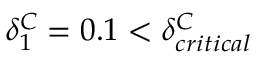
\delta _ { 1 } ^ { C } = 0 . 1 < \delta _ { c r i t i c a l } ^ { C }